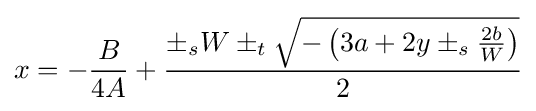
x=-{B \over 4A}+{\pm _{s}W\pm _{t}{\sqrt {-\left(3a+2y\pm _{s}{2b \over W}\right)}} \over 2}